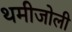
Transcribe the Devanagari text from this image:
थमीजोली